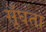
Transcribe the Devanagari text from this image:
सूँघता